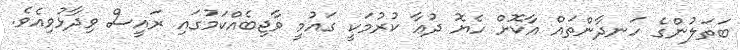
ބަތަލުންގެ ހަނދާންތައް އާކޮށް ހެޔޮ ދުޢާ ކުރުމަކީ ގައުމީ ވާޖިބެއްކަމުގައި ރައީސް ވިދާޅުވިއެވެ.